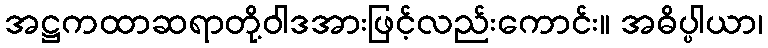
အဋ္ဌကထာဆရာတို့ဝါဒအားဖြင့်လည်းကောင်း။ အဓိပ္ပါယာ၊